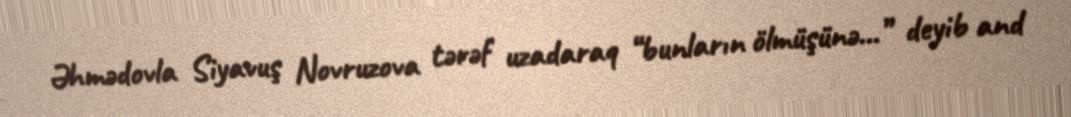
Əhmədovla Siyavuş Novruzova tərəf uzadaraq “bunların ölmüşünə...” deyib and